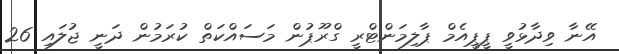
އޭނާ ވިދާޅުވީ ޕީޕީއެމް ޕާލިމަންޓްރީ ގްރޫޕުން މަސައްކަތް ކުރަމުން ދަނީ ޖުލައި 26